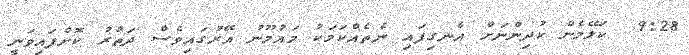
9:28  ކަލޭމެން ކުދިންނަށް އެނގިފައި ނެތެއްކަމަކު މައުމޫނު އޭރުގައިވެސް ދަތުރު ކޮށްފައިވަނީ